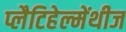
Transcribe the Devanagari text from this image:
प्लैटिहेल्मेंथीज